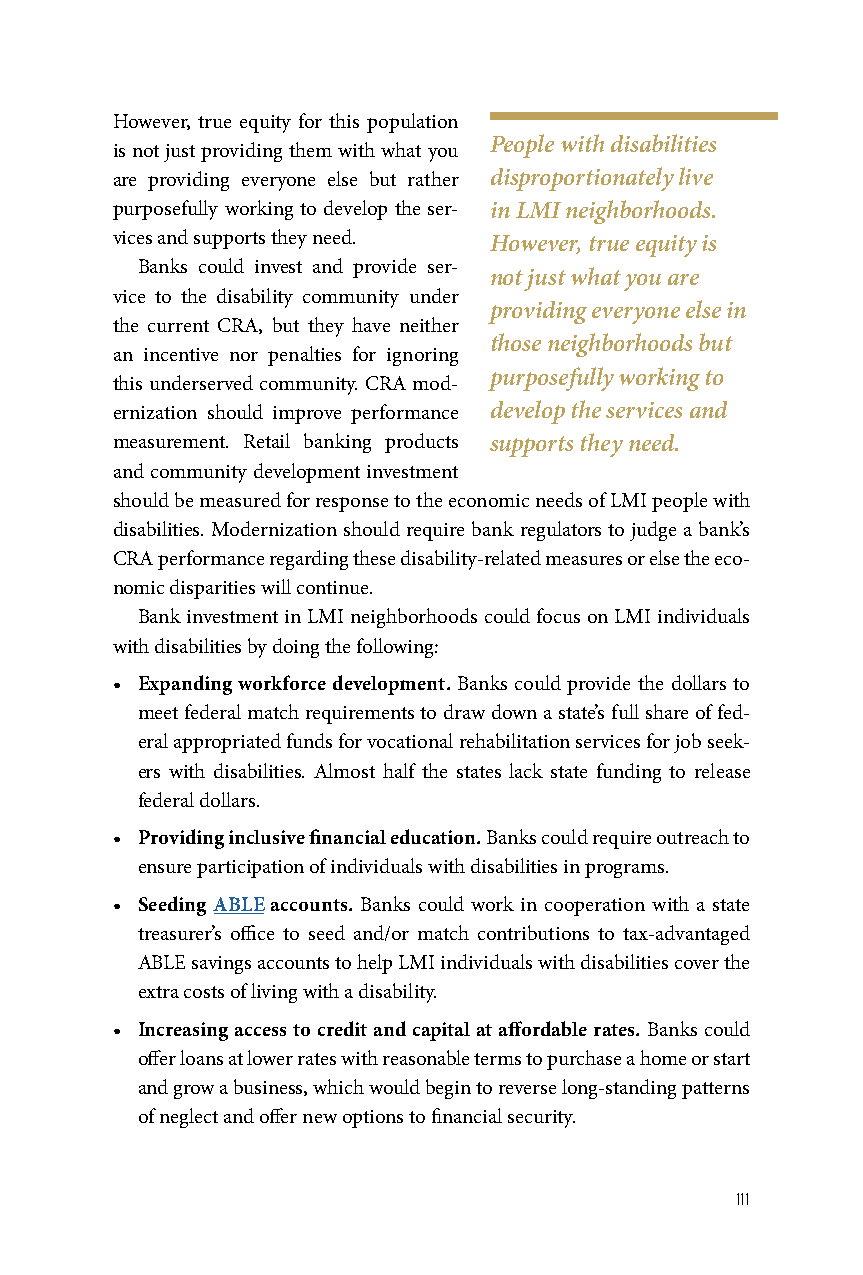
However, true equity for this population
 People with disabilities
 is not just providing them with what you
 are providing everyone else but rather disproportionately live
 purposefully working to develop the ser- in LMI neighborhoods.
 vices and supports they need. However, true equity is
 Banks could invest and provide ser-
 not just what you are
 vice to the disability community under
 providing everyone else in
 the current CRA, but they have neither
 those neighborhoods but
 an incentive nor penalties for ignoring
 purposefully working to
 this underserved community. CRA mod-
 ernization should improve performance develop the services and
 measurement. Retail banking products supports they need.
 and community development investment
 should be measured for response to the economic needs of LMI people with
 disabilities. Modernization should require bank regulators to judge a bank’s
 CRA performance regarding these disability-related measures or else the eco-
 nomic disparities will continue.
 Bank investment in LMI neighborhoods could focus on LMI individuals
 with disabilities by doing the following:
 • Expanding workforce development. Banks could provide the dollars to
 meet federal match requirements to draw down a state’s full share of fed-
 eral appropriated funds for vocational rehabilitation services for job seek-
 ers with disabilities. Almost half the states lack state funding to release
 federal dollars.
 • Providing inclusive financial education. Banks could require outreach to
 ensure participation of individuals with disabilities in programs.
 • Seeding ABLE accounts. Banks could work in cooperation with a state
 treasurer’s office to seed and/or match contributions to tax-advantaged
 ABLE savings accounts to help LMI individuals with disabilities cover the
 extra costs of living with a disability.
 • Increasing access to credit and capital at affordable rates. Banks could
 offer loans at lower rates with reasonable terms to purchase a home or start
 and grow a business, which would begin to reverse long-standing patterns
 of neglect and offer new options to financial security.
 111